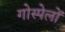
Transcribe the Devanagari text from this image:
गोस्पेलों